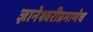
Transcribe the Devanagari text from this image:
ज्ञानेश्वरीप्रमाणेच